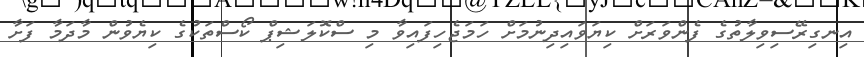
އިނގިރޭސިވިލާތުގެ ފެންވަރަށް ކިޔަވައިދިނުމަށް ހަމަޖެހިފައިވާ މި ސްކޮލަޝިޕް ކޯސްތަކުގެ ކިޔެވުން މާދަމާ ފަށާ